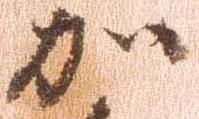
加